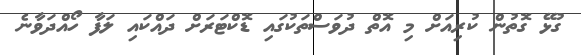
ގުޅޭ ގޮތުން ކުރިއަށް މި އޮތް ދުވަސްތަކުގައި ޑޮކްޓަރަށް ދައްކައި ލަފާ ހޯއްދަވާނެ